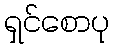
ရှင်စောပု